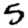
Digit: 5